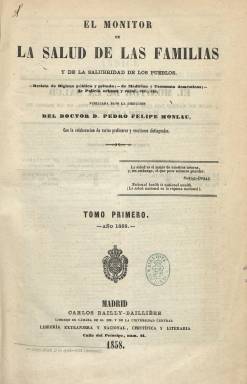
Título: El Monitor de la salud de las familias y de la salubridad de los pueblos
Colección: Salud e higiene
Ámbito geográfico: Madrid
Lugar de publicación: Madrid
Fechas: 01/01/1858-15/12/1864

Revista de higiene pública y privada, de medicina y economía doméstica, de policía urbana y rural, entre otras materias, publicada bajo la dirección del higienista español más destacado del tercio central del siglo diecinueve, el médico-cirujano, filólogo y catedrático de origen catalán Pedro Felipe Monlau Roca (1808-1871). Aparece los días uno y quince de cada mes, desde el uno de enero de 1858, en entregas de un pliego de doce páginas, compuestas a dos columnas, tanto en la madrileña Imprenta de Carlos Bailly-Baillière como en la de M. Rivadeneyra, con cubierta en papel prensa, en la que ofrece anuncios bibliográficos, el sumario de cada número e información administrativa de la revista. Con foliación continuada anual, publica 24 entregas por año, formando tomos, siendo la última la del 15 de diciembre de 1864.

Se estructura en las siguientes secciones: Legislación sanitaria, Higiene municipal, Higiene privada, Remedios y recetas, Economía doméstica, Economía rural, Conocimientos útiles, Bibliografía, así como Crónica higiénica y sanitaria, Higiene de invierno, Higiene de la infancia, Fisiología o Medicina de los accidentes. Ofrece estadísticas  e información profesional, académica, sobre  enseñanza y centros educativos, o sobre abastecimientos. Publica también índices anuales, ordenados por sus principales secciones, así como un Calendario para Castilla la Nueva.

En su introducción explicará que entre los fines de la publicación, que seguirá lo trazado por las del mismo carácter de otros países de Europa, y que le dará el epíteto de higiénico-moral, está la de divulgar conocimientos sobre el cuerpo humano y su relación con el aire, las edificaciones y habitaciones, la limpieza y el aseo, la vestimenta, los alimentos y las bebidas, el sueño o la vigía, el trabajo obrero, el ejercicio o el reposo, pero también desde el tratamiento de una simple gripe hasta las reglas de higiene especiales ante las epidemias, o el tratamiento de los enfermos en los hogares, pero asimismo sobre políticas de salubridad pública. Monlau dirige su publicación a aconsejar a las familias, los ayuntamientos, los párrocos, los maestros, los facultativos, las juntas de sanidad y beneficencia, funcionarios, campesinos o marineros, las órdenes religiosas o a las demás personas dedicadas a la filantropía o la caridad.

Entre las firmas de sus textos aparecen las del propio Monlau, que también fue editor responsable de la publicación, así como las de profesores y escritores, como Felipe Landero, Matías Plaza Dávila, Francisco Cuyás, José M. del Campo, Pedro Celestino Argüelles o P. Lonuma. La publicación se suscribía en numerosas poblaciones españolas y capitales americanas, así como en Londres y París.

Como médico militar desde 1833 hasta 1848, año este en el que comienza a residir en Madrid, Monlau había sido cirujano del Hospital Militar de Barcelona, en cuya ciudad fue también catedrático de Geografía y Cronología de la Academia de Ciencias. Como gramático y filólogo, además de traductor, fue catedrático de Segunda Enseñanza y será autor del primer estudio comparativo de lenguas romances occidentales. También será catedrático de Psicología y Lógica en la Universidad Central de Madrid y profesor de la Escuela Superior de Diplomática. Discípulo de Mateo Seoane, fue partidario del liberalismo progresista,  preocupado por la educación higienista, siendo el más destacado impulsor y autor de obras sobre higiene pública y medicina preventiva, llegando a ser miembro del Consejo de Sanidad del Reino. Antes de editar y dirigir esta revista quincenal, había sido colaborador y, desde 1849, director del periódico de la Sociedad Económica Matritense El Amigo del país (1844-1850) y de El Médico de las familias (1851).